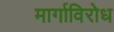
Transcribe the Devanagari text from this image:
मार्गाविरोध